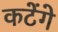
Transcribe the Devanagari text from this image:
कटेंगे